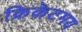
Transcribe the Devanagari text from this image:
क्रिकेटमय